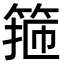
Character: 箍